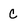
Character: c